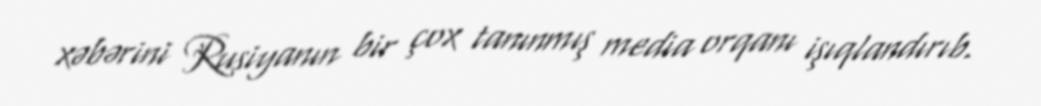
xəbərini Rusiyanın bir çox tanınmış media orqanı işıqlandırıb.